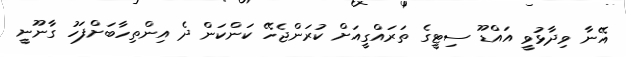
އޭނާ ވިދާޅުވީ އައްޑޫ ސިޓީގެ ތަރައްގީއަށް ކުރަންޖެހޭ ކަންކަން ދެ އިންތިހާބަށްފަހު ގާނޫނީ